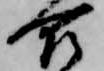
合